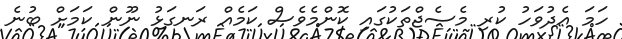
ހަމަ އެދުވަހު ކުރި މެސެޖްތަކުގައި ކޮންމެވެސް ކަމެއް ރަނގަޅު ނޫން ކަމަށް ބުނެ